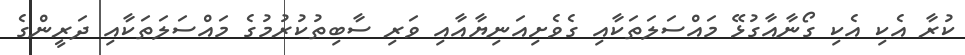
ކުރާ އެކި އެކި ގޯނާއާގުޅޭ މައްސަލަތަކާއި ގެވެށިއަނިޔާއާއި ވަރި ސާބިތުކުރުމުގެ މައްސަލަތަކާއި ދަރީންގެ